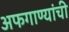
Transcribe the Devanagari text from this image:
अफगाण्यांची